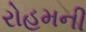
રોહમની